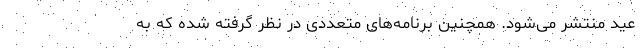
عید منتشر می‌شود. همچنین برنامه‌های متعددی در نظر گرفته شده که به